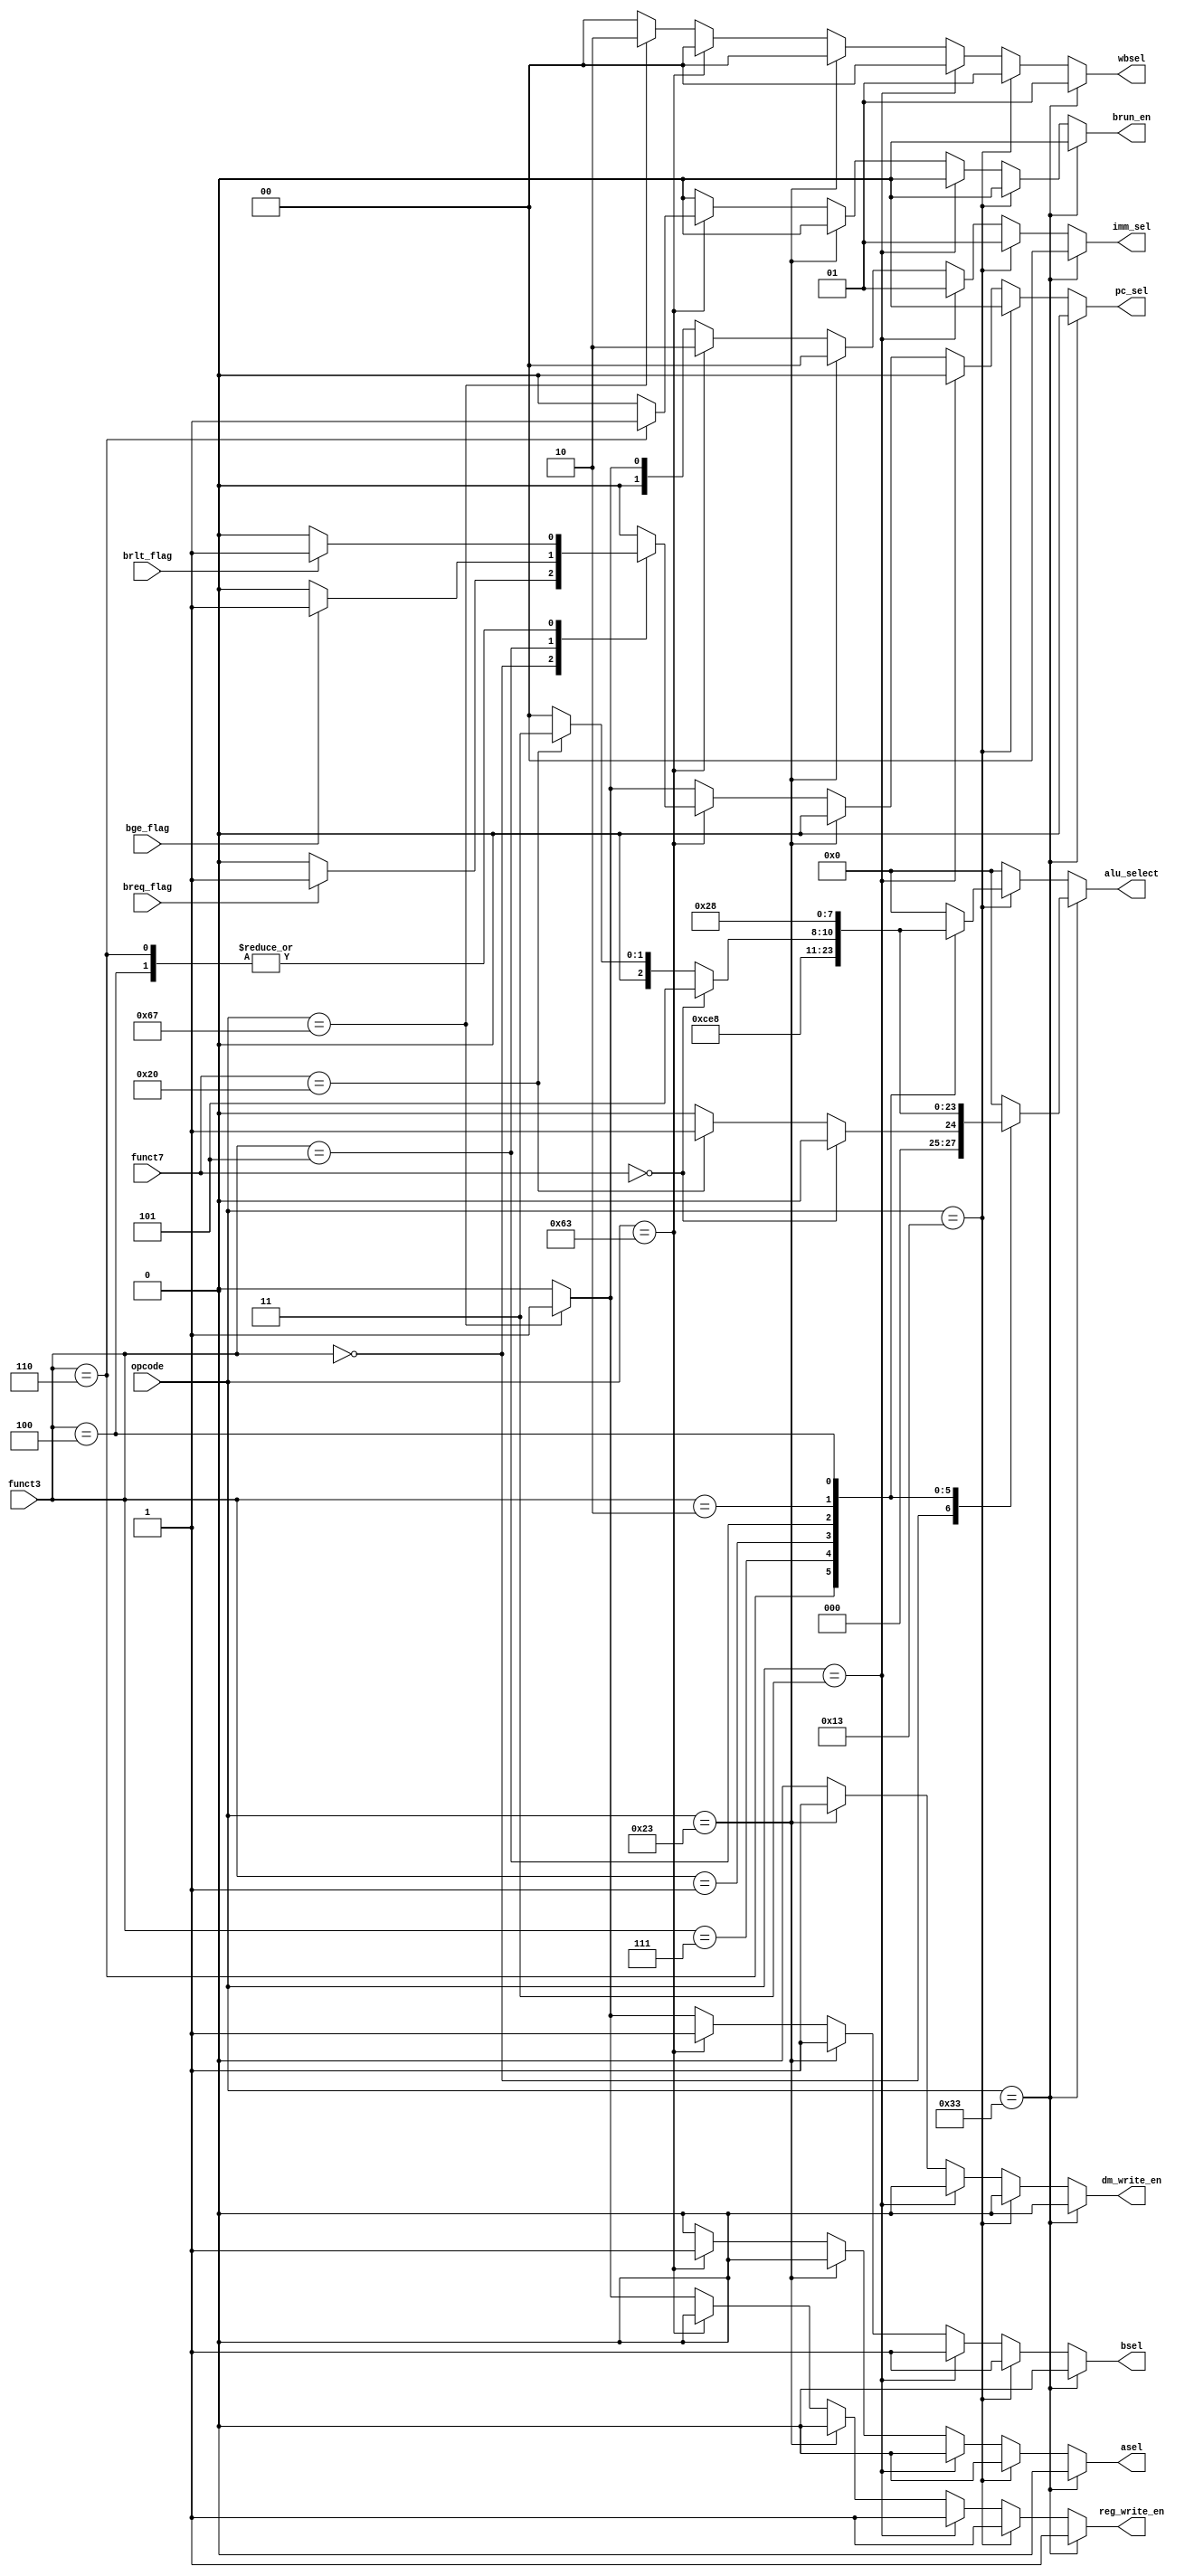
module ControlUnit(
input [6:0] funct7,
input [2:0] funct3,
input [6:0] opcode,
input breq_flag,
input brlt_flag,
input bge_flag,
output reg [3:0] alu_select,
output reg reg_write_en,
output reg [1:0]imm_sel,
output reg bsel,
output reg asel,
output reg dm_write_en,
output reg [1:0] wbsel,
output reg brun_en,
output reg pc_sel
);

always @(funct7 or funct3 or opcode or breq_flag or brlt_flag or bge_flag)
    begin
	 // Initialize all control signals to default values
  reg_write_en = 0;
  imm_sel = 2'b00;
  bsel = 0;
  asel = 0;
  wbsel = 0;
  dm_write_en = 0;
  pc_sel = 0;
  alu_select = 4'b0000;
  brun_en = 0;
  
        if(opcode == 7'b0110011) begin // R-type instructions

            reg_write_en = 1;
            imm_sel = 0; //dont care
            bsel = 0;
            asel = 0;
            wbsel = 2'b01;
            dm_write_en = 0; 
            pc_sel = 0;

            case(funct3)
                3'b000: begin
                         if(funct7 == 0)
                          alu_select = 4'b0000; // ADD
                         else if(funct7 == 32)
                          alu_select = 4'b0001; // SUB
                        end
                3'b110: alu_select = 4'b0110; // OR
                3'b111: alu_select = 4'b0111; // AND
                3'b001: alu_select = 4'b0100; // SLL
                3'b101: begin
                         if (funct7 == 0)
                          alu_select = 4'b0101; // SRL
                         else if(funct7 == 32)
                          alu_select = 4'b0011; // SRA
                        end
		          3'b010: alu_select = 4'b0010; // SLT
		          3'b100: alu_select = 4'b1000; // XOR
					 default: alu_select = 4'b0000;
            endcase

        end

        else if(opcode == 7'b0010011) begin //I-type instructions

            reg_write_en = 1;
            imm_sel = 1;
            bsel = 1;
            asel = 0;
            wbsel = 2'b01;
            dm_write_en = 0;
            pc_sel = 0;

            case(funct3)
                3'b000: alu_select = 4'b0000; // ADDI
                3'b110: alu_select = 4'b0110; // ORI
                3'b111: alu_select = 4'b0111; // ANDI
                3'b001: alu_select = 4'b0100; // SLLI
                3'b101: begin
                         if (funct7 == 0)
                          alu_select = 4'b0101; // SRLI
                         else if(funct7 == 32)
                          alu_select = 4'b0011; // SRAI
                        end
		          3'b010: alu_select = 4'b0010; // SLTI
		          3'b100: alu_select = 4'b1000; // XORI
					 default: alu_select = 4'b0000;
            endcase

         end

         else if(opcode == 7'b0000011) begin //Load word
               
            reg_write_en = 1;
            imm_sel = 1;
            bsel = 1;
            asel = 0;
            wbsel = 0;
            dm_write_en = 0;
            pc_sel = 0;

            alu_select = 4'b0000; //Adding base + offset

         end

         else if(opcode == 7'b0100011) begin //Store word
               
            reg_write_en = 0; //no write back
            imm_sel = 0; //S-format imm generation
            bsel = 1; 
            asel = 0;
            wbsel = 0; //don't care
            dm_write_en = 1;
            pc_sel = 0;

            alu_select = 4'b0000; //Adding base + offset

         end

         else if(opcode == 7'b1100011) begin //Branch
               
            reg_write_en = 0; 
            imm_sel = 2'b10; //for B-format imm generation
            bsel = 1; 
            asel = 1; //to select pc
            wbsel = 0; //dont care
            dm_write_en = 0; //dmem will be in read mode
            pc_sel = 0;

            alu_select = 4'b0000; //Adding base + offset

            case(funct3)
                3'b000: begin
                         if (breq_flag)
                           pc_sel = 1;
                        end
                3'b100: begin //signed comparison
                          brun_en = 0;
                         if (brlt_flag)
                           pc_sel = 1;
                        end
                3'b101: begin
                         if (bge_flag)
                           pc_sel = 1;
                        end
                3'b110: begin //unsigned comparison
                           brun_en = 1;
                         if (brlt_flag)
                           pc_sel = 1;
                        end
					 default:   pc_sel = 0;
             endcase

         end
			
			else if(opcode == 7'b1100111) begin // JALR 
               
            reg_write_en = 1; // store pc + 4 in some reg
            imm_sel = 1; // I type imm
            bsel = 1; 
            asel = 0;
            wbsel = 2'b10; // to store pc + 4
            dm_write_en = 0; // dmem in read mode
            pc_sel = 1; // will jump

            alu_select = 4'b0000; // For rs1 + imm

         end

    end

endmodule